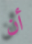
أن